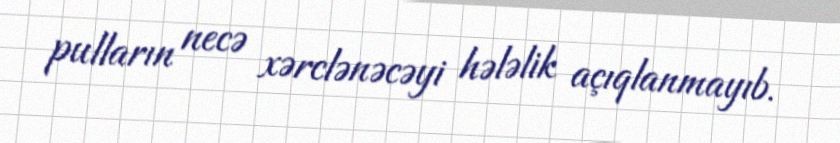
pulların necə xərclənəcəyi hələlik açıqlanmayıb.